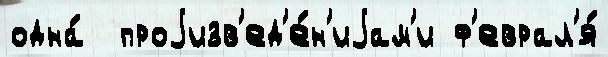
одна́  проjизв'ед'е́н'иjам'и ф'еврал'я́